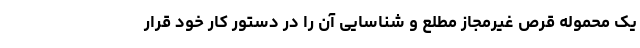
یک محموله قرص غیرمجاز مطلع و شناسایی آن را در دستور کار خود قرار